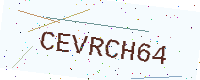
Text: CEVRCH64